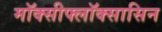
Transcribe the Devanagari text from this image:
मॉक्सीफ्लॉक्सासिन